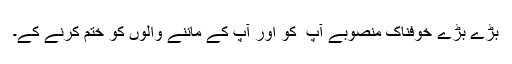
بڑے بڑے خوفناک منصوبے آپ ؐ کو اور آپؐ کے ماننے والوں کو ختم کرنے کے۔